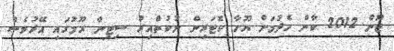
ޖޫން 2012 ކާން ހެދުމަށް ޔޫހާ ކޮޓަރިން ނުކުތްއިރު ސިޓިން ރޫމުގައި އޭރުވެސް